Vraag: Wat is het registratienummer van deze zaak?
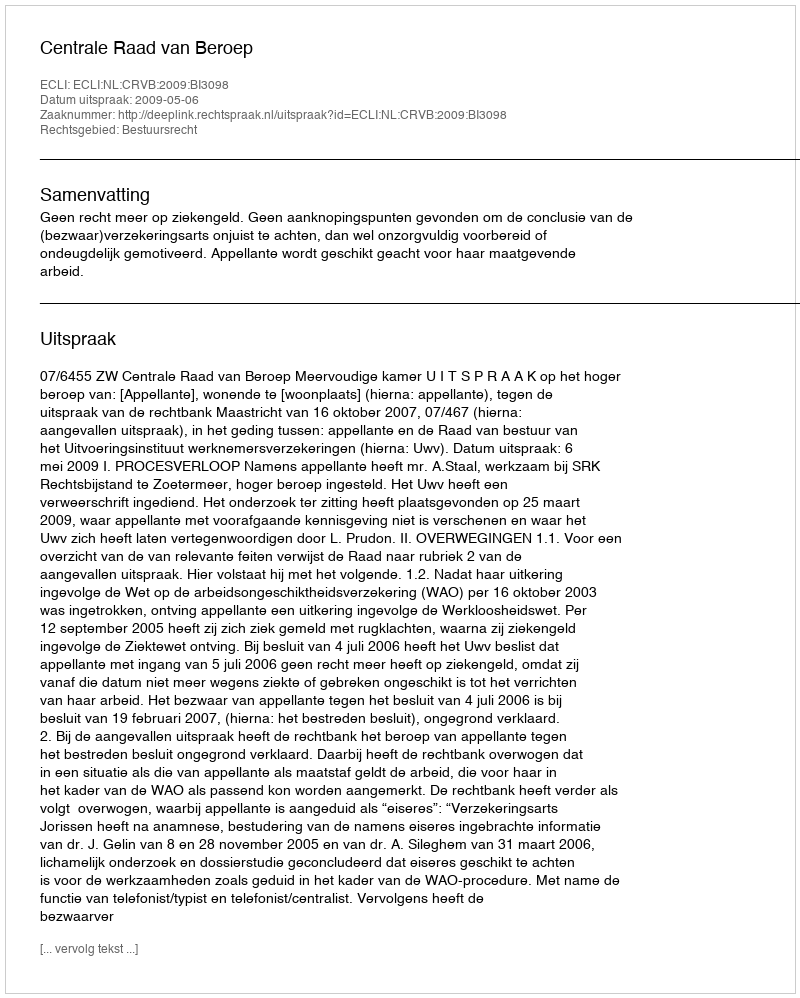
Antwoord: http://deeplink.rechtspraak.nl/uitspraak?id=ECLI:NL:CRVB:2009:BI3098